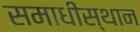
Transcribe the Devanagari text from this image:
समाधीस्थान